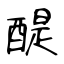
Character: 醍